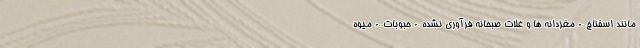
مانند اسفناج - مغزدانه ها و غلات صبحانه فرآوری نشده - حبوبات - میوه